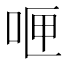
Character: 𪡄